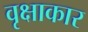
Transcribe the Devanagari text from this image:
वृक्षाकार